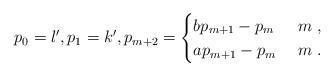
LaTeX: \begin{align*}p_0=l', p_1=k', p_{m+2}=\begin{cases}bp_{m+1}-p_m & \ m \ , \\ap_{m+1}-p_m & \ m \ . \\\end{cases}\end{align*}